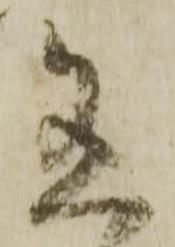
有